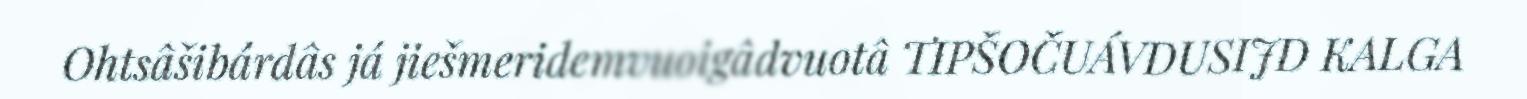
Ohtsâšibárdâs já jiešmeridemvuoigâdvuotâ TIPŠOČUÁVDUSIJD KALGA